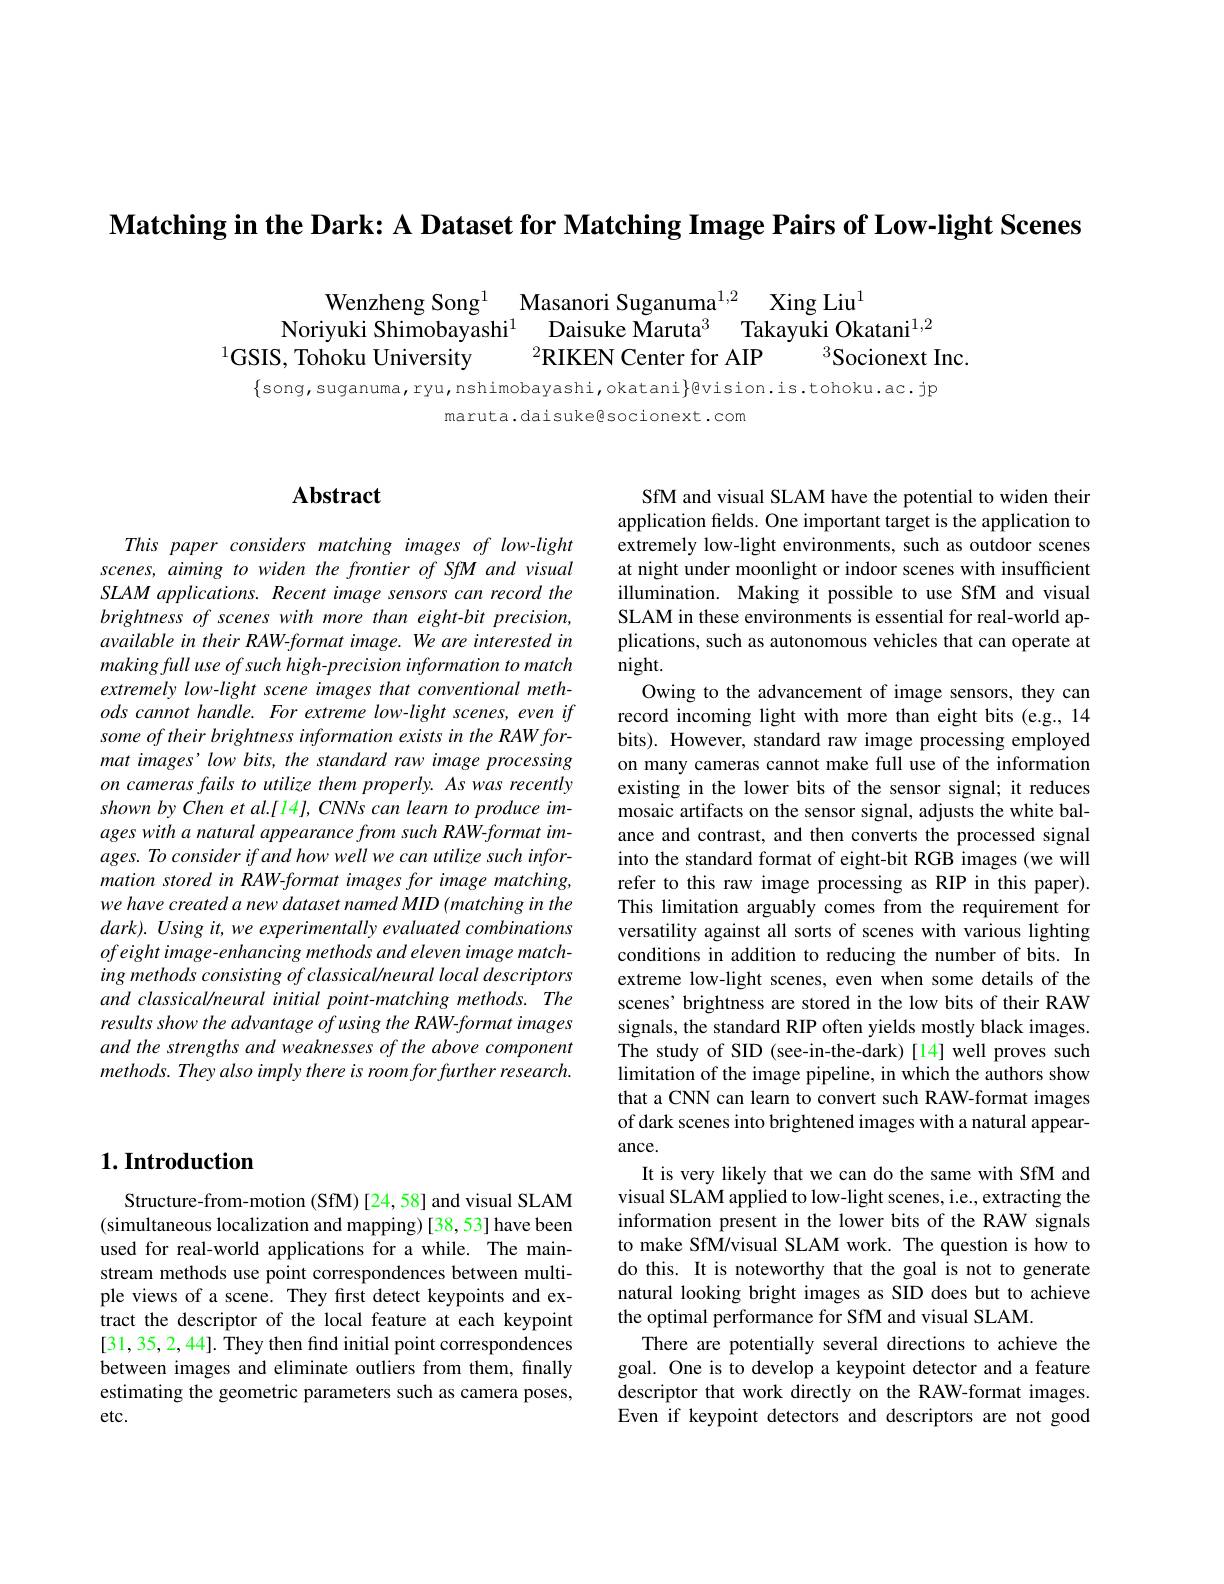
$\textbf{Matching in the Dark: A Dataset for Matching Image Pairs of Low- light Scenes}$

Wenzheng Song$^{1}$ Masanori Suganuma$^{1,2}$ Xing Liu$^{1}$Noriyuki Shimobayashi$^{1}$ Daisuke Maruta$^{3}$ Takayuki Okatani$^{1,2}$SIS, Tohoku University $^{2}$RIKEN Center for AIP$^{3}$Socionext Inc

$\{$song,suganuma,ryu,nshimobayashi,okatani$\}$@vision.is.tohoku.ac.jp
maruta.daisuke@socionext.com

## $\mathbf{Abstract}$

This paper considers matching images of low-light scenes, aiming to widen the frontier of SfM and visual SLAM applications. Recent image sensors can record the brightness of scenes with more than eight-bit precision, available in their RAW-format image. We are interested in $makingfulluse\textit{ of such high- precision information to match}$ extremely low-light scene images that conventional methods cannot handle. For extreme low-light scenes, even if some of their brightness information exists in the RAW format images' low bits, the standard raw image processing on cameras fails to utilize them properly. As was recently shown by Chen et al.[14], CNNs can learn to produce images with a natural appearance from such RAW-format images. To consider if and how well we can utilize such information stored in RAW-format images for image matching, we have created a new dataset named MID (matching in the $dark) . \textit{ Using it, we experimentally evaluated combinations}$ ofeight image- enhancing methods and eleven image matching methods consisting of classical/neural local descriptors and classical/neural initial point-matching methods. The results show the advantage of using the RAW-format images and the strengths and weaknesses of the above component $methods.Theyalsoimplythereisroomforfurtherresearch.$

SfM and visual SLAM have the potential to widen their application fields. One important target is the application to extremely low-light environments, such as outdoor scenes at night under moonlight or indoor scenes with insufficient illumination. Making it possible to use SfM and visual SLAM in these environments is essential for real-world applications, such as autonomous vehicles that can operate at night.
Owing to the advancement of image sensors, they can record incoming light with more than eight bits (e.g., 14 bits). However, standard raw image processing employed on many cameras cannot make full use of the information existing in the lower bits of the sensor signal; it reduces mosaic artifacts on the sensor signal, adjusts the white balance and contrast, and then converts the processed signal into the standard format of eight-bit RGB images (we will refer to this raw image processing as RIP in this paper). This limitation arguably comes from the requirement for versatility against all sorts of scenes with various lighting conditions in addition to reducing the number of bits. In extreme low-light scenes, even when some details of the scenes' brightness are stored in the low bits of their RAW signals, the standard RIP often yields mostly black images. The study of SID (see-in-the-dark)[14] well proves such limitation of the image pipeline, in which the authors show that a CNN can learn to convert such RAW-format images of dark scenes into brightened images with a natural appearance.
It is very likely that we can do the same with SfM and visual SLAM applied to low-light scenes, i.e., extracting the information present in the lower bits of the RAW signals to make SfM/visual SLAM work. The question is how to do this. It is noteworthy that the goal is not to generate natural looking bright images as SID does but to achieve the optimal performance for SfM and visual SLAM.
There are potentially several directions to achieve the goal. One is to develop a keypoint detector and a feature descriptor that work directly on the RAW-format images. Even if keypoint detectors and descriptors are not good

## $1. \textbf{Introduction}$

Structure-from-motion (SfM) [24,58] and visual SLAM (simultaneous localization and mapping) [38, 53] have been used for real-world applications for a while. The mainstream methods use point correspondences between multiple views of a scene. They first detect keypoints and extract the descriptor of the local feature at each keypoint [31,35,2,44]. They then find initial point correspondences between images and eliminate outliers from them, finally estimating the geometric parameters such as camera poses, etc.